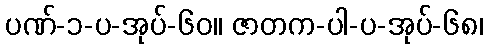
ပဏ်-၁-ပ-အုပ်-၆၀။ ဇာတက-ပါ-ပ-အုပ်-၆၈၊